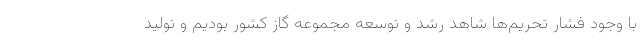
با وجود فشار تحریم‌ها شاهد رشد و توسعه مجموعه گاز کشور بودیم و تولید